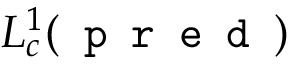
L _ { c } ^ { 1 } ( \texttt { p r e d } )